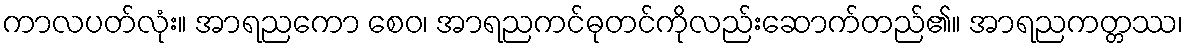
ကာလပတ်လုံး။ အာရညကော စေဝ၊ အာရညကင်ဓုတင်ကိုလည်းဆောက်တည်၏။ အာရညကတ္တဿ၊